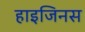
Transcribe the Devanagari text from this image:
हाइजिनस